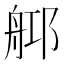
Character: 𦨰